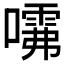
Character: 𱔺